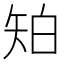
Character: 𥎷